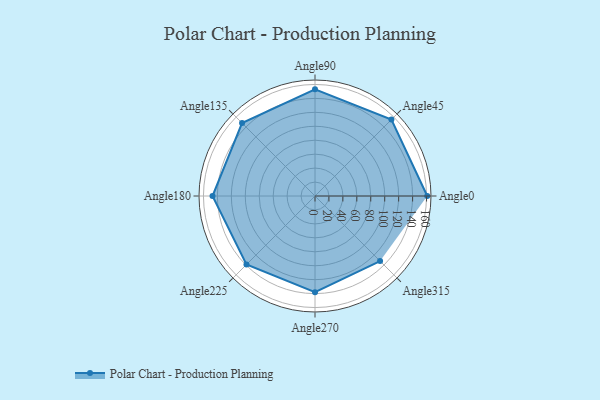
{"axis": {"x": "Angle", "y": "Radius"}, "legend": [""], "data": [{"x": "Angle0", "y": 161.0, "type": ""}, {"x": "Angle45", "y": 155.0, "type": ""}, {"x": "Angle90", "y": 153.0, "type": ""}, {"x": "Angle135", "y": 148.0, "type": ""}, {"x": "Angle180", "y": 147.0, "type": ""}, {"x": "Angle225", "y": 139.0, "type": ""}, {"x": "Angle270", "y": 138.0, "type": ""}, {"x": "Angle315", "y": 132.0, "type": ""}]}